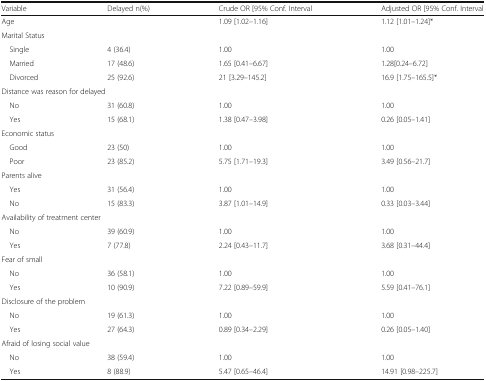
<table><thead><tr><td><b>Variable</b></td><td><b>Delayed n(%)</b></td><td><b>Crude OR [95% Conf. Interval</b></td><td><b>Adjusted OR [95% Conf. Interval</b></td></tr></thead><tbody><tr><td>Age</td><td></td><td>1.09 [1.02–1.16]</td><td>1.12 [1.01–1.24]*</td></tr><tr><td colspan="4">Marital Status</td></tr><tr><td> Single</td><td>4 (36.4)</td><td>1.00</td><td>1.00</td></tr><tr><td> Married</td><td>17 (48.6)</td><td>1.65 [0.41–6.67]</td><td>1.28[0.24–6.72]</td></tr><tr><td> Divorced</td><td>25 (92.6)</td><td>21 [3.29–145.2]</td><td>16.9 [1.75–165.5]*</td></tr><tr><td colspan="4">Distance was reason for delayed</td></tr><tr><td> No</td><td>31 (60.8)</td><td>1.00</td><td>1.00</td></tr><tr><td> Yes</td><td>15 (68.1)</td><td>1.38 [0.47–3.98]</td><td>0.26 [0.05–1.41]</td></tr><tr><td colspan="4">Economic status</td></tr><tr><td> Good</td><td>23 (50)</td><td>1.00</td><td>1.00</td></tr><tr><td> Poor</td><td>23 (85.2)</td><td>5.75 [1.71–19.3]</td><td>3.49 [0.56–21.7]</td></tr><tr><td colspan="4">Parents alive</td></tr><tr><td> Yes</td><td>31 (56.4)</td><td>1.00</td><td>1.00</td></tr><tr><td> No</td><td>15 (83.3)</td><td>3.87 [1.01–14.9]</td><td>0.33 [0.03–3.44]</td></tr><tr><td colspan="4">Availability of treatment center</td></tr><tr><td> No</td><td>39 (60.9)</td><td>1.00</td><td>1.00</td></tr><tr><td> Yes</td><td>7 (77.8)</td><td>2.24 [0.43–11.7]</td><td>3.68 [0.31–44.4]</td></tr><tr><td colspan="4">Fear of small</td></tr><tr><td> No</td><td>36 (58.1)</td><td>1.00</td><td>1.00</td></tr><tr><td> Yes</td><td>10 (90.9)</td><td>7.22 [0.89–59.9]</td><td>5.59 [0.41–76.1]</td></tr><tr><td colspan="4">Disclosure of the problem</td></tr><tr><td> No</td><td>19 (61.3)</td><td>1.00</td><td>1.00</td></tr><tr><td> Yes</td><td>27 (64.3)</td><td>0.89 [0.34–2.29]</td><td>0.26 [0.05–1.40]</td></tr><tr><td colspan="4">Afraid of losing social value</td></tr><tr><td> No</td><td>38 (59.4)</td><td>1.00</td><td>1.00</td></tr><tr><td> Yes</td><td>8 (88.9)</td><td>5.47 [0.65–46.4]</td><td>14.91 [0.98–225.7]</td></tr></tbody></table>